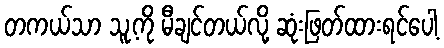
တကယ်သာ သူ့ကို မီချင်တယ်လို့ ဆုံးဖြတ်ထားရင်ပေါ့